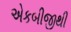
એકબીજીથી